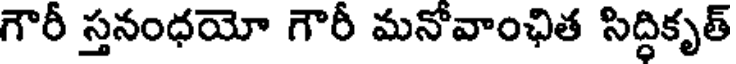
గౌరీ స్తనంధయో గౌరీ మనోవాంఛిత సిద్ధికృత్